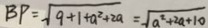
B P = \sqrt { 9 + 1 + a ^ { 2 } + 2 a } = \sqrt { a ^ { 2 } + 2 a + 1 0 }